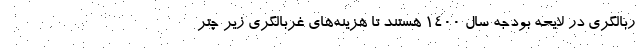
ربالگری در لایحه بودجه سال ۱۴۰۰ هستند تا هزینه‌های غربالگری زیر چتر